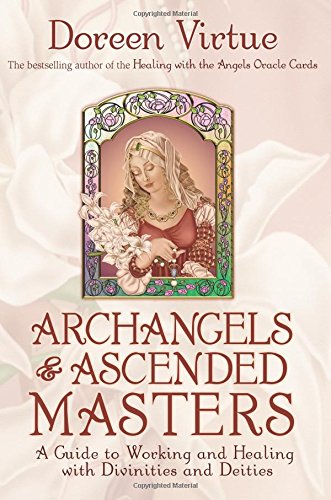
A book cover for Archangels and Ascended Masters; Doreen Virtue; Religion & Spirituality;